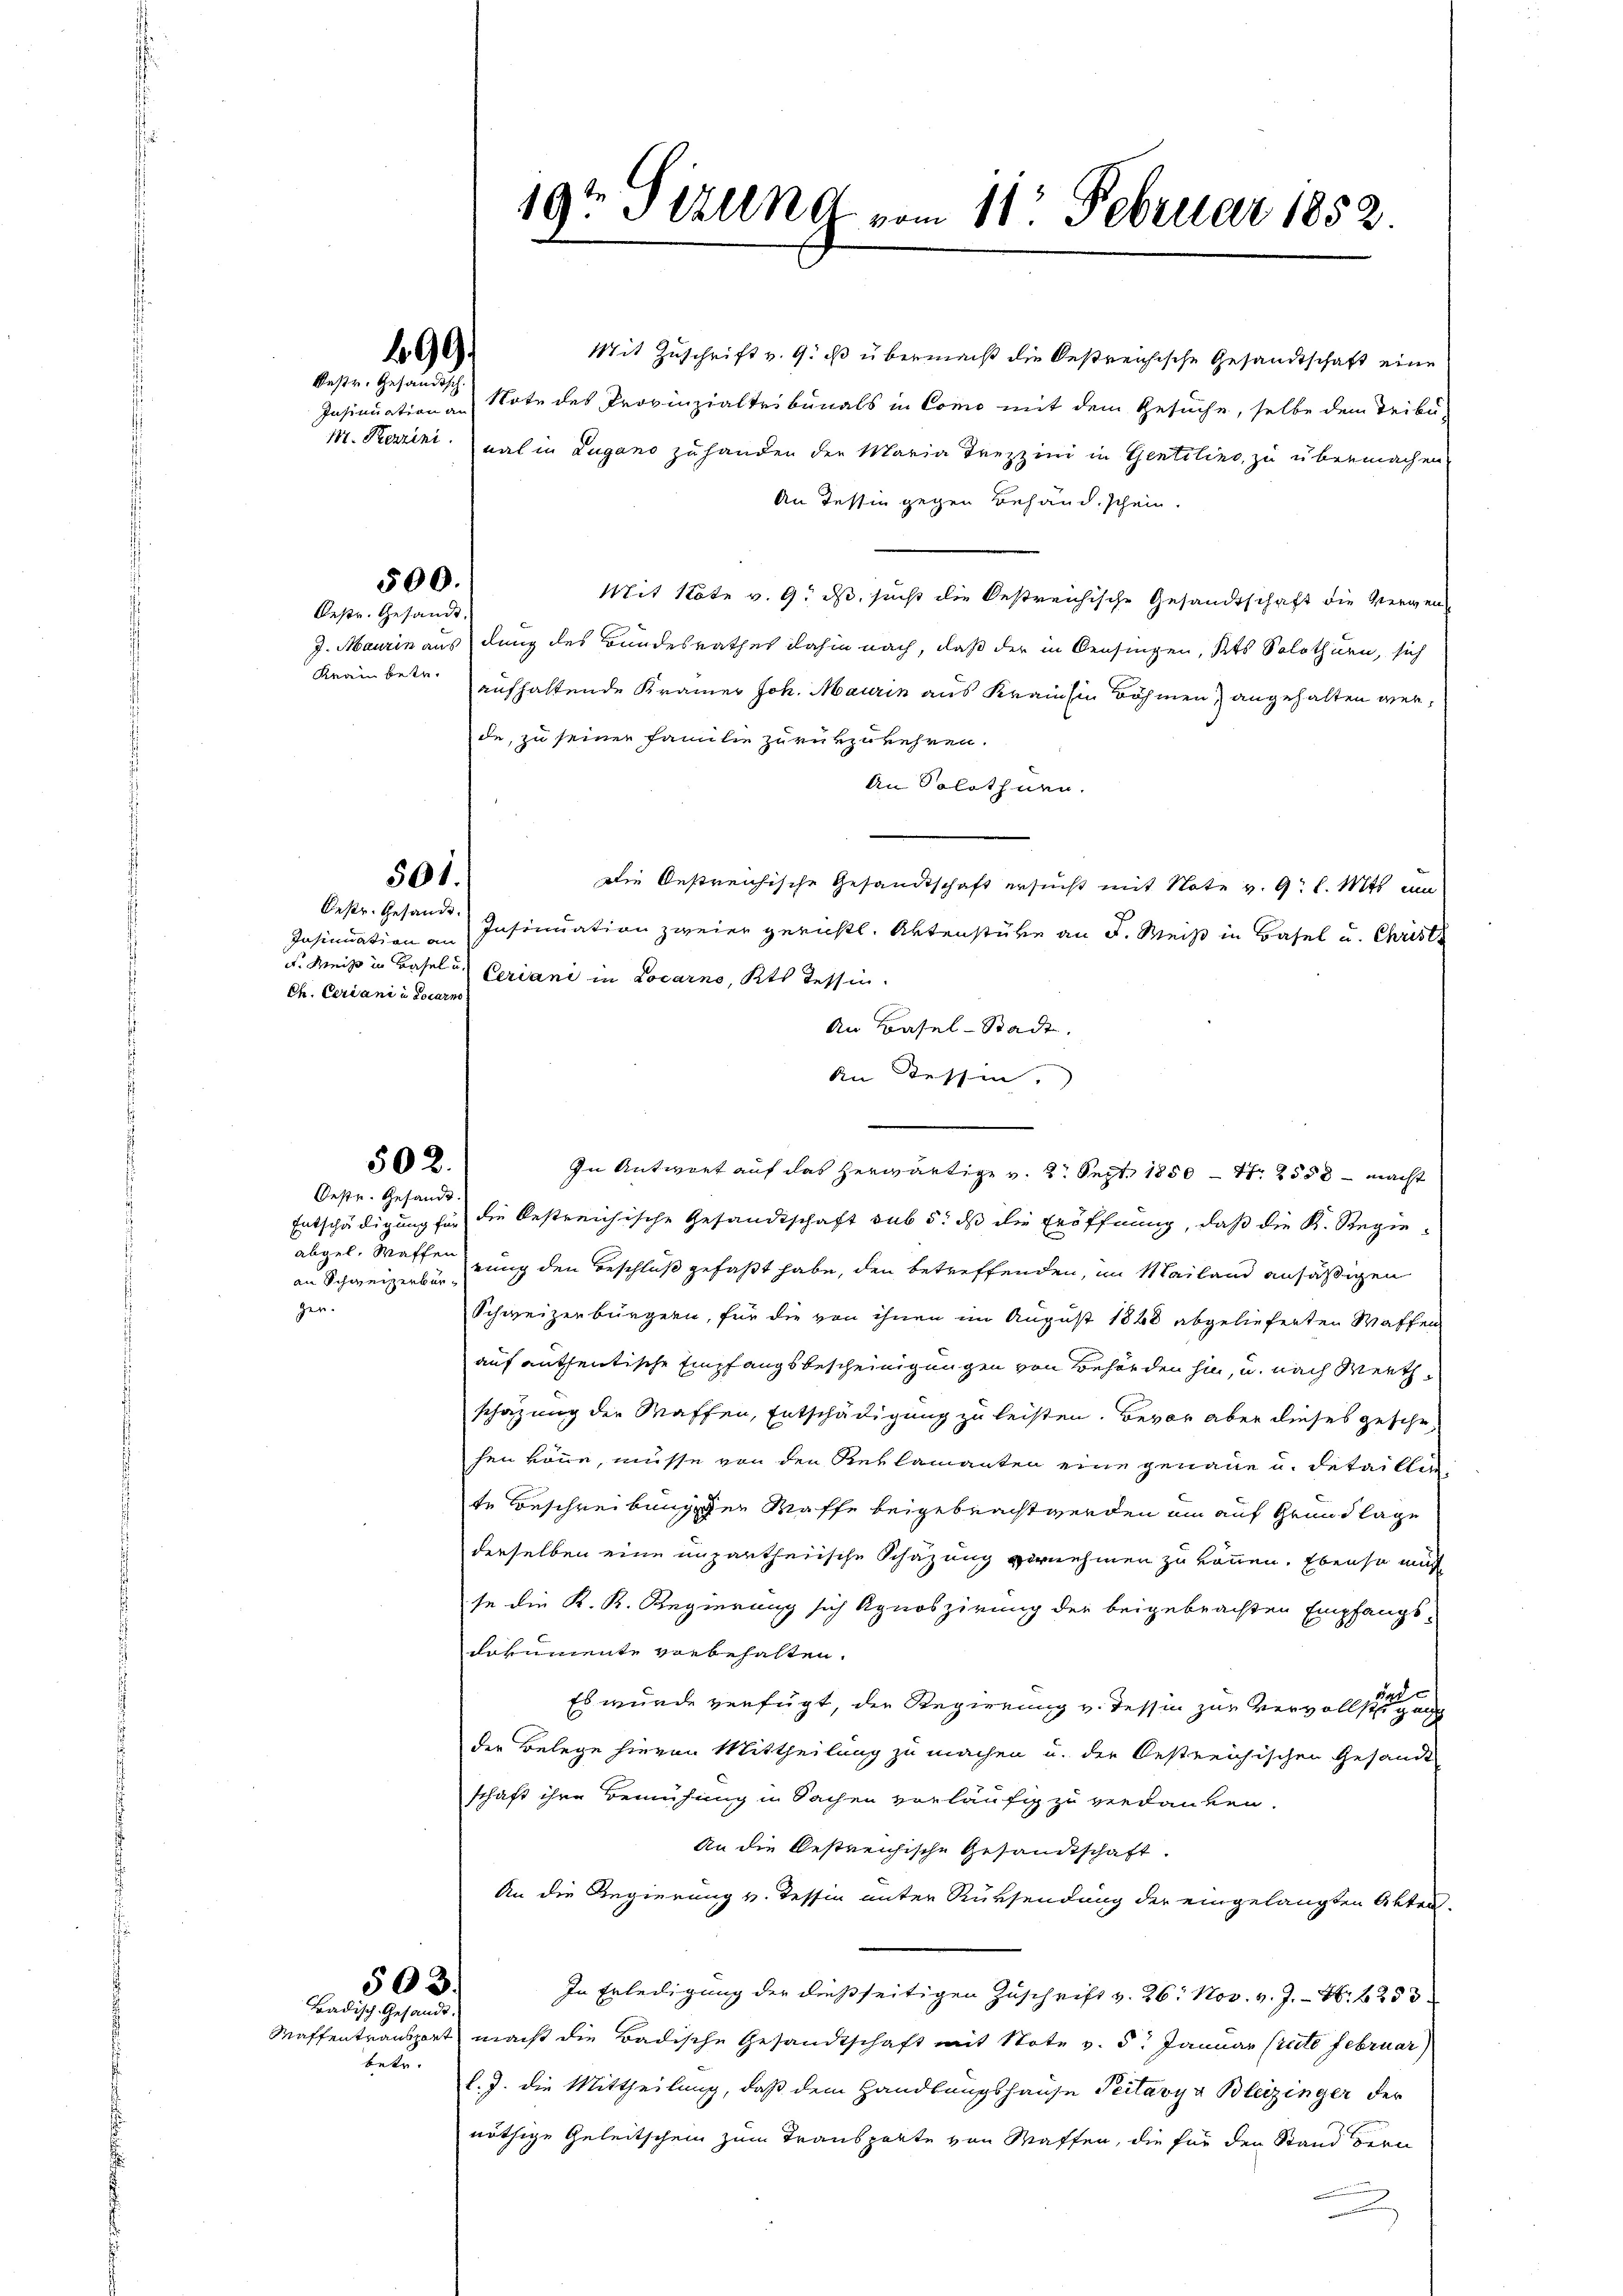
Oestr. Gesandt.
Insinuation an
Ch. Ceriani u. Locarno

499.
Bestr. Gesändisch.

Oestr. Gesandt

abgel. Waffen
gen.

betr.

500.

501.

Mit Zuschrift v. 9. ds übermeist die bestreichische Gesandtschaft eine
Insinuation an Note des Provinzialtribunals in Como mit dem Gesuche, selbe dem Tribu-
M. Restini mal in Lugano zu handen der Maria Treppini in Gentilino, zu übermachen,
An Tessin gegen Behand schein.
Mit Note v. 9. ds, sicht die Oestreichische Gesandtschaft die Vergend
J. Maurin aus dung des Bundesrathes dahin nach, daß der in Beisingen, Kts. Solothurn, sich
Krambetr. aufhaltende Kramer Joh. Maurin aus Krain hin Böhmen) angehalten werde, zu seiner Familie zurükzukehren.
An Solothurn.
Die Oestreichische Gesandtschaft ersucht mit Note v. 9. l. Mts. um
Insinuation zweier gerichtl. Aktenstüke an F. Weiß in Basel u. Christe
u. Weiß in Basel u. Ceriani in Locarno, Kts. Tessin.
An Basel-Stadt.
An Kessen.

In Antwort auf das herwärtige v. 2. Sept. 1850 – Nr. 2558 - macht
Entschädigung für die bestreichische Gesandtschaft sub 5. dß die Eröffnung, daß die K. Regiean Schweizerbarung den Beschluß gefaßt habe, den betreffenden, im Mailand ansäßigen
Schweizerbürgern, für die von ihnen im August 1848 abgelieferten Waffen
auf antheiltische Empfangsbescheinigungen von Behörden hin, u. nach Werthschazung der Waffen, Entschädigung zu leisten. Bevor aber dieses geschehen könne, müsse von den Reklamanten eine genaue u. detailli
te Beschreibungen Maffe beigebracht werden am auf Grundlage
derselben eine unpartheiische Schazung vornehmen zu können. Ebenso mus
se die K. K. Regierung sich Agnoszirung der beigebrachten Empfangs-
dokumente vorbehalten.
das
Es wurde verfügt, der Regierung v. Tessin zur Vervollstigung
der Belege hievon Mittheilung zu machen u. der Oestreichischen Gesandt
schaft ihre Bemühung in Sachen vorläufig zu verdanken.
An die bestreichische Gesandtschaft.
An die Regierung v. Tessin unter Rücksendung der eingelangten Akten-
In Erledigung der dießseitigen Zuschrift v. 26. Nov. v. J. N. 253
Waffentransport macht die Badische Gesandtschaft mit Note v. 5. Januar (recte Februar)
l.J. die Mittheilung, daß dem Handlungshause Peitavya Bleizinger der
nöthige Geleitschein zum Transporte von Waffen, die für den Stand Bern

502.
Oestr. Gesandt.

503
Badisch-Gesandt

19t Setzung vom 11. Februar 1852